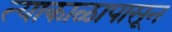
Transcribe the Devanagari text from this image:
त्याकाळापासून